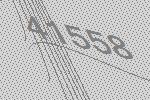
41558